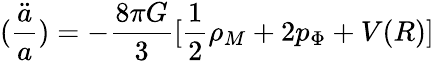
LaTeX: (\frac{\ddot{a}}{a})=-\frac{8\pi G}{3}[\frac{1}{2}\rho_{M}+2p_{\Phi}+V(R)]